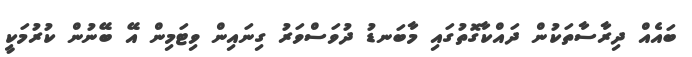
ބައެއް ދިރާސާތަކުން ދައްކާގޮތުގައި މާބަނޑު ދުވަސްވަރު ގިނައިން ވިޓަމިން އޭ ބޭނުން ކުރުމަކީ